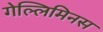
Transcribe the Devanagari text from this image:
गेल्‍लिमिनस